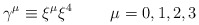
\begin{align*}\gamma^{\mu} \equiv \xi^{\mu} \xi^{4}~~~~~~~\mu=0,1,2,3\end{align*}